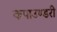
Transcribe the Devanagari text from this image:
कपाउण्डरी